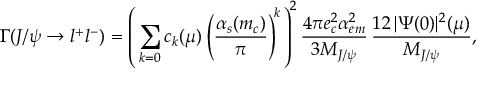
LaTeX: \Gamma ( J / \psi \to l ^ { + } l ^ { - } ) = \left( \, \sum _ { k = 0 } c _ { k } ( \mu ) \left( \frac { \alpha _ { s } ( m _ { c } ) } { \pi } \right) ^ { \! k } \, \right) ^ { \! 2 } \frac { 4 \pi e _ { c } ^ { 2 } \alpha _ { e m } ^ { 2 } } { 3 M _ { J / \psi } } \, \frac { 1 2 \, | \Psi ( 0 ) | ^ { 2 } ( \mu ) } { M _ { J / \psi } } ,